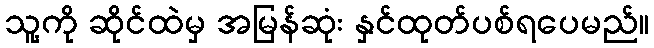
သူ့ကို ဆိုင်ထဲမှ အမြန်ဆုံး နှင်ထုတ်ပစ်ရပေမည်။